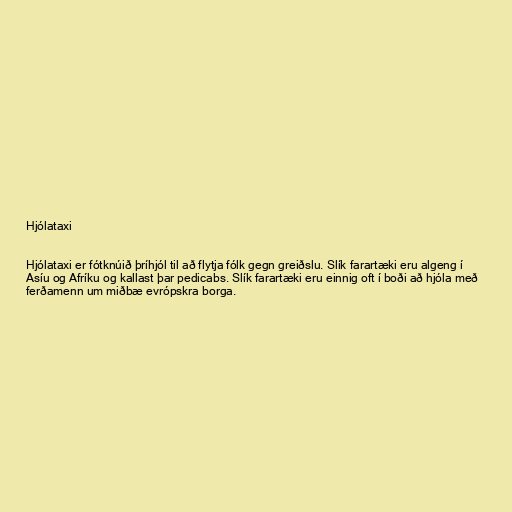
Hjólataxi

Hjólataxi er fótknúið þríhjól til að flytja fólk gegn greiðslu. Slík farartæki eru algeng í
Asíu og Afríku og kallast þar pedicabs. Slík farartæki eru einnig oft í boði að hjóla með
ferðamenn um miðbæ evrópskra borga.